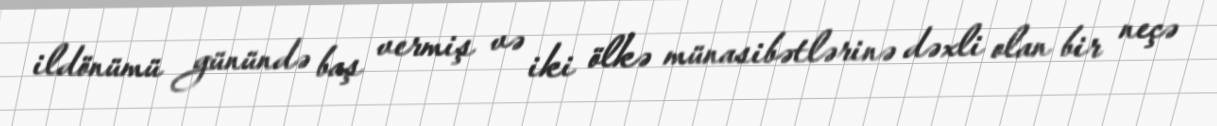
ildönümü günündə baş vermiş və iki ölkə münasibətlərinə dəxli olan bir neçə